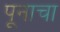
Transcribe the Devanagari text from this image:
पूनाचा